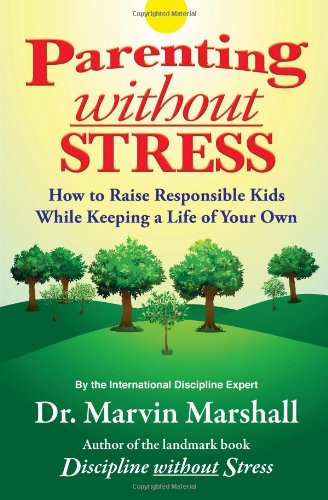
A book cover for Parenting Without Stress: How to Raise Responsible Kids While Keeping a Life of Your Own; Marvin Marshall; Parenting & Relationships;